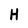
Character: H